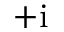
+ \mathrm { i }